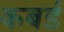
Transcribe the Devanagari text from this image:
कबर्ड